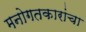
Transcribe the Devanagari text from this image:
मनोगतकारांचा